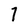
Character: 7